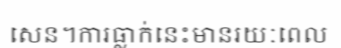
សេន។ការធ្លាក់នេះមានរយៈពេល